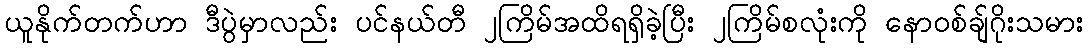
ယူနိုက်တက်ဟာ ဒီပွဲမှာလည်း ပင်နယ်တီ ၂ကြိမ်အထိရရှိခဲ့ပြီး ၂ကြိမ်စလုံးကို နောဝစ်ချ်ဂိုးသမား